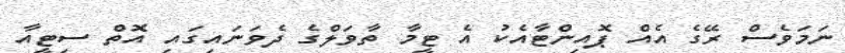
ނަމަވެސް ރޭގެ އެއް ޕޮއިންޓާއެކު އެ ޓީމާ ތާވަލްގެ ދެވަނައިގައި އޮތް ސިޓީއާ